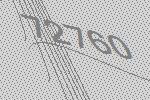
72760